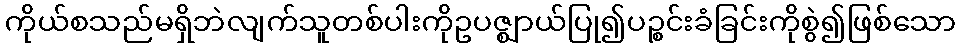
ကိုယ်စသည်မရှိဘဲလျက်သူတစ်ပါးကိုဥပဇ္ဈာယ်ပြု၍ပဉ္စင်းခံခြင်းကိုစွဲ၍ဖြစ်သော